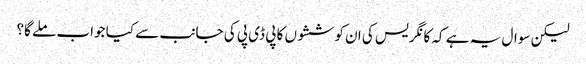
لیکن سوال یہ ہے کہ کانگریس کی ان کوششوں کا پی ڈی پی کی جانب سے کیا جواب ملے گا؟